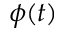
\phi ( t )